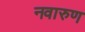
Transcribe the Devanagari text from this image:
नवारुण